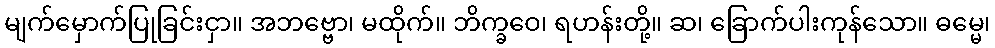
မျက်မှောက်ပြုခြင်းငှာ။ အဘဗ္ဗော၊ မထိုက်။ ဘိက္ခဝေ၊ ရဟန်းတို့။ ဆ၊ ခြောက်ပါးကုန်သော။ ဓမ္မေ၊